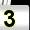
Digit: 3